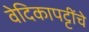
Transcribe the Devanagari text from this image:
वेदिकापट्टींचे